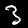
Label: 3